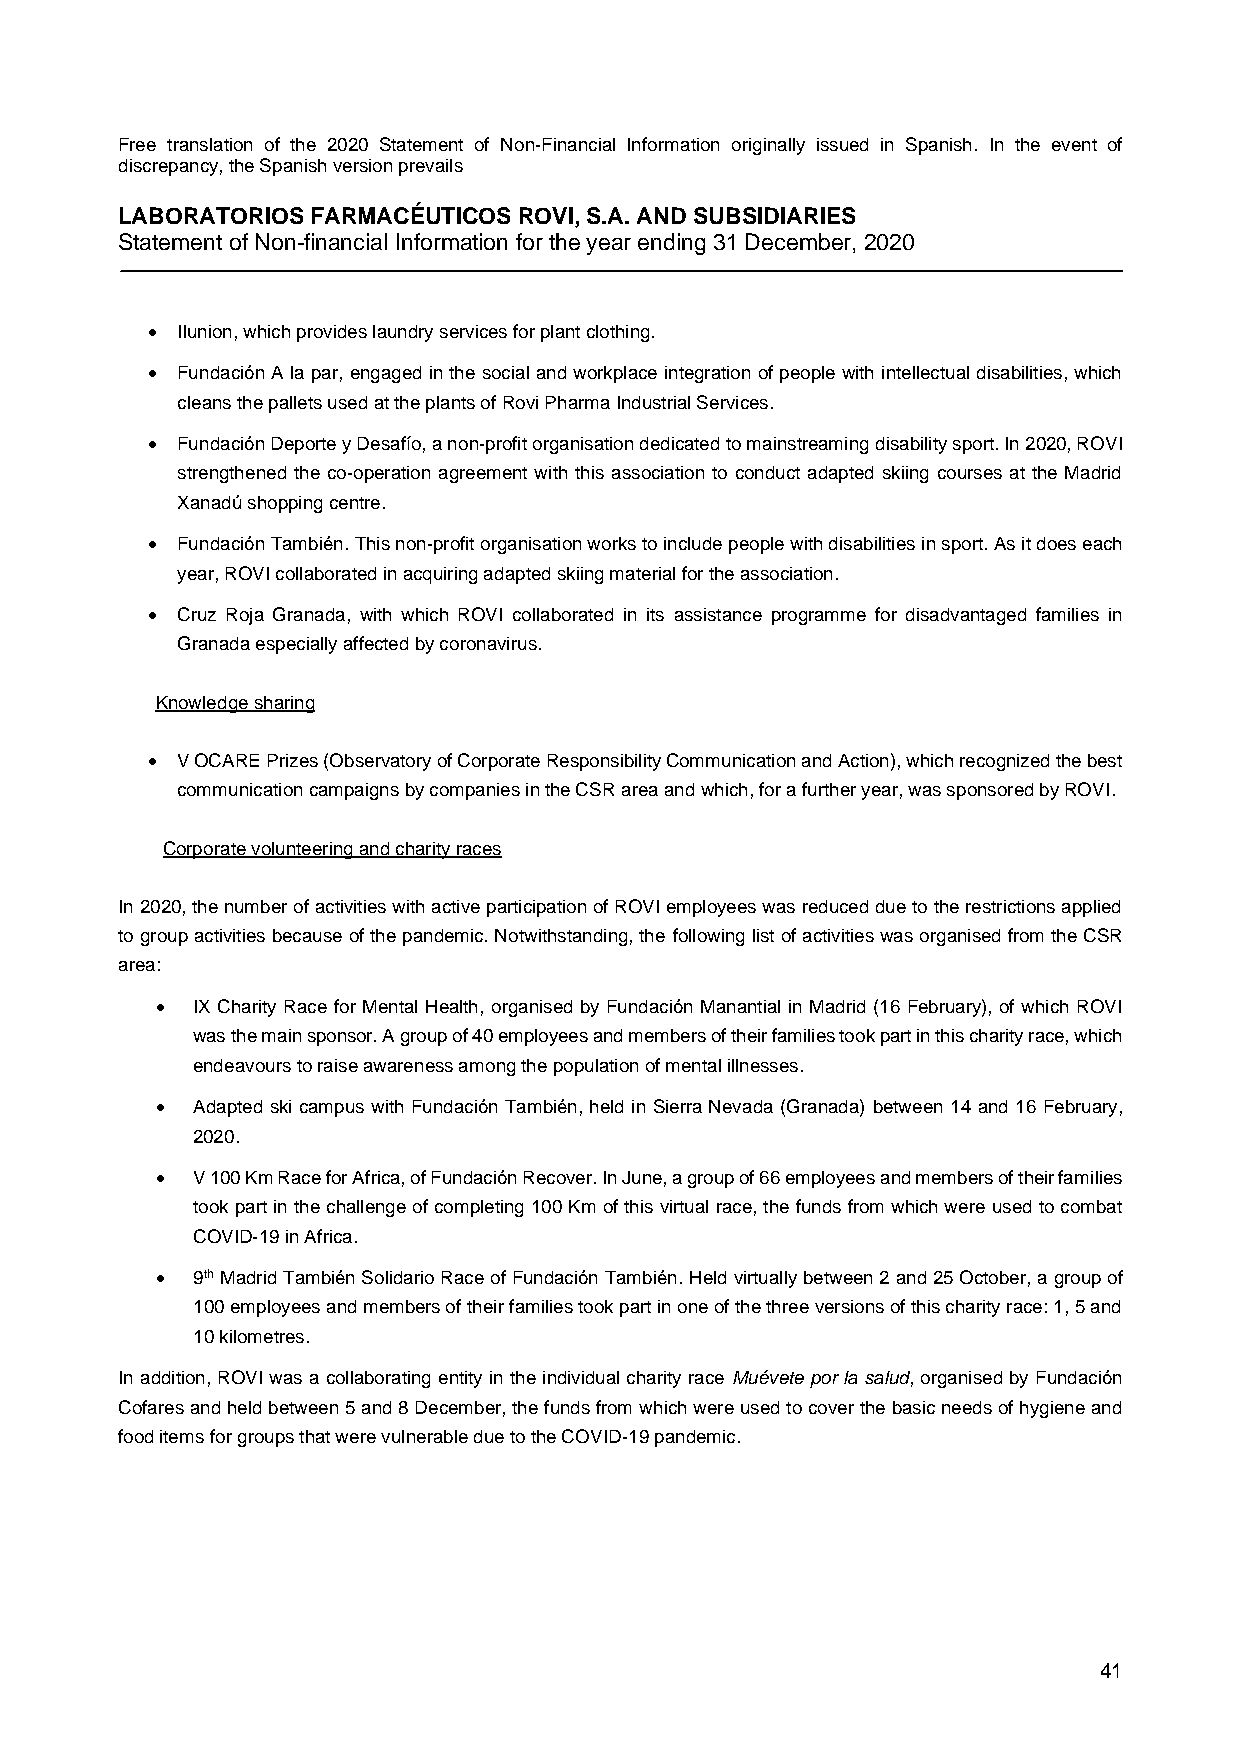
Free translation of the 2020 Statement of Non-Financial Information originally issued in Spanish. In the event of
 discrepancy, the Spanish version prevails
 LABORATORIOS FARMACÉUTICOS ROVI, S.A. AND SUBSIDIARIES
 Statement of Non-financial Information for the year ending 31 December, 2020
 • Ilunion, which provides laundry services for plant clothing.
 • Fundación A la par, engaged in the social and workplace integration of people with intellectual disabilities, which
 cleans the pallets used at the plants of Rovi Pharma Industrial Services.
 • Fundación Deporte y Desafío, a non-profit organisation dedicated to mainstreaming disability sport. In 2020, ROVI
 strengthened the co-operation agreement with this association to conduct adapted skiing courses at the Madrid
 Xanadú shopping centre.
 • Fundación También. This non-profit organisation works to include people with disabilities in sport. As it does each
 year, ROVI collaborated in acquiring adapted skiing material for the association.
 • Cruz Roja Granada, with which ROVI collaborated in its assistance programme for disadvantaged families in
 Granada especially affected by coronavirus.
 Knowledge sharing
 • V OCARE Prizes (Observatory of Corporate Responsibility Communication and Action), which recognized the best
 communication campaigns by companies in the CSR area and which, for a further year, was sponsored by ROVI.
 Corporate volunteering and charity races
 In 2020, the number of activities with active participation of ROVI employees was reduced due to the restrictions applied
 to group activities because of the pandemic. Notwithstanding, the following list of activities was organised from the CSR
 area:
 •  IX Charity Race for Mental Health, organised by Fundación Manantial in Madrid (16 February), of which ROVI
 was the main sponsor. A group of 40 employees and members of their families took part in this charity race, which
 endeavours to raise awareness among the population of mental illnesses.
 •  Adapted ski campus with Fundación También, held in Sierra Nevada (Granada) between 14 and 16 February,
 2020.
 •  V 100 Km Race for Africa, of Fundación Recover. In June, a group of 66 employees and members of their families
 took part in the challenge of completing 100 Km of this virtual race, the funds from which were used to combat
 COVID-19 in Africa.
 •  9th Madrid También Solidario Race of Fundación También. Held virtually between 2 and 25 October, a group of
 100 employees and members of their families took part in one of the three versions of this charity race: 1, 5 and
 10 kilometres.
 In addition, ROVI was a collaborating entity in the individual charity race Muévete por la salud, organised by Fundación
 Cofares and held between 5 and 8 December, the funds from which were used to cover the basic needs of hygiene and
 food items for groups that were vulnerable due to the COVID-19 pandemic.
 41